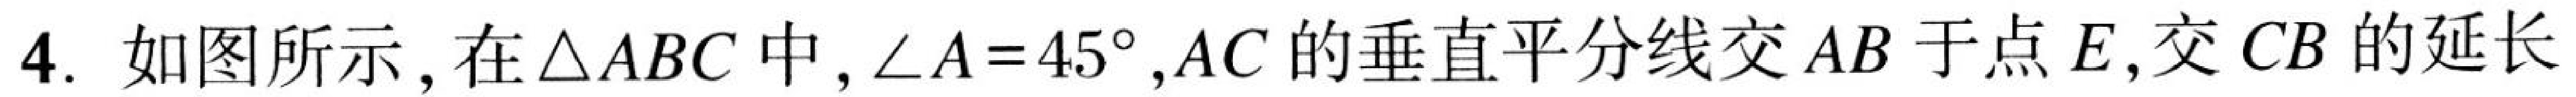
4. 如图所示，在\(\triangle ABC\)中，\(\angle A = 45^{\circ}\)，\(AC\)的垂直平分线交\(AB\)于点\(E\)，交\(CB\)的延长